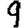
Digit: 9